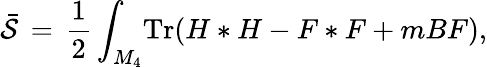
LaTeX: {\bar{\cal{S}}}\, =\, {\frac{1}{2}}\, {\int}_{M_{4}}\mathrm{Tr}(H*H-F*F+mBF),